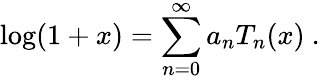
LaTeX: \log(1+x)=\sum_{n=0}^{\infty}a_{n}T_{n}(x)~.